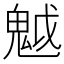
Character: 魆